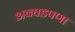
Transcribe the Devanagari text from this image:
अवघडपणा